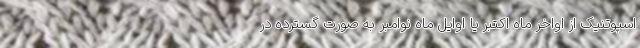
اسپوتنیک از اواخر ماه اکتبر یا اوایل ماه نوامبر به صورت گسترده در